system: You are a helpful assistant.
user:
Analyze the provided spectrum to determine if it is a **M-type Giant (gM)**.

A M-type Giant spectrum is defined by its **strong molecular absorption** features, particularly from **Titanium Oxide (TiO)**. You must check for one of the following mutually exclusive signatures:

- **Key Visual Indicators (Absorption-Dominated Spectrum):**

    - **(Primary):** The spectrum is dominated by strong molecular absorption from **Titanium Oxide (TiO)**. This is the **defining feature** of its M-type temperature class.
        - **(Key Bandheads):** Look for sharp, "saw-tooth" absorption valleys. The strongest are located near **~7050 Å**, **~6160 Å**, and **~5170 Å**.
        - **(Line Profile):** The "saw-tooth" morphology is critical: a **sharp, steep drop on the BLUE (short-wavelength) side** of the bandhead, followed by a gradual recovery (rising flux) towards the RED (long-wavelength) side.

    - **(Key Confirmation - Giant vs. Dwarf):** **ABSENCE** of strong **Calcium Hydride (CaH)** molecular bands. This is the primary diagnostic for *excluding* M-dwarfs.
        - **(Key Region):** The spectrum should lack the strong, broad absorption band seen in dwarfs between **~6800 Å and ~7000 Å**.

    - **(Secondary Confirmation - Giant):** A very strong and broad **Neutral Calcium (Ca I)** atomic absorption line.
        - **(Key Line):** Located at **~4226 Å**. In a giant (gM), this line is significantly deeper and broader than the same line in an M-dwarf (dM) due to low surface gravity.

    - **(Overall Spectrum):**
        - The continuum is **extremely red-sloping** (i.e., flux is very low in the blue and rises dramatically towards the red).
        - The entire spectrum appears "chopped up" by the deep TiO bands.

Think first, call **spectral_visualization_tool** if needed to examine features in detail, then provide your final answer. Your response must adhere to the following strict rules:
1.  **Overall Structure:** Your response must follow the format `<think>...</think> <tool_call>...</tool_call> (if a tool is used) <answer>...</answer>`.
2.  **Tool Usage Constraint:** You may only make **one** tool call per turn.
3.  **Final Answer Format:** In the `<answer>` tag, your conclusion must be inside a `\boxed{}` command (e.g., `\boxed{YES}` or `\boxed{NO}`), followed by your justification.

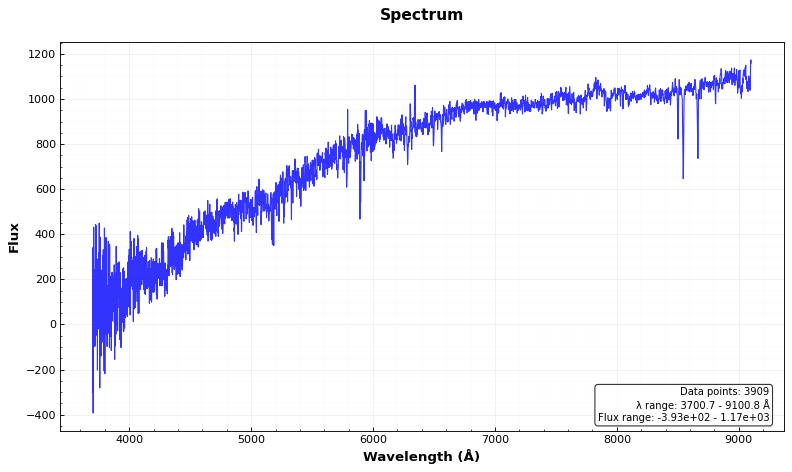
Answer: NO